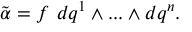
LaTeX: { \tilde { \alpha } } = f ~ d q ^ { 1 } \wedge . . . \wedge d q ^ { n } .